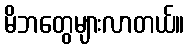
မိဘတွေများလာတယ်။